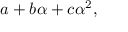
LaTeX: a + b \alpha + c \alpha ^ { 2 } ,